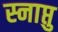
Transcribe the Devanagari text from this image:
स्नाप्तु